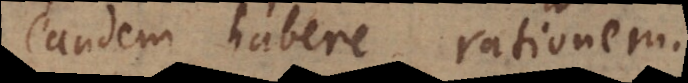
eandem habere rationem.